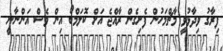
ފިރާގު ވިދާޅުވީ މާޗްމަހުން ފެށިގެން ރާއްޖެ އަށް ކޮލަމްބޯ އިން ވެސް އަންނާނީ